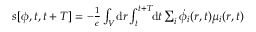
\begin{array} { r } { s [ { \phi } , t , t + T ] = - \frac { 1 } { \epsilon } \int _ { V } \! \mathrm { d } \boldsymbol { r } \int _ { t } ^ { t + T } \! \! \mathrm { d } t \sum _ { i } \dot { \phi } _ { i } ( \boldsymbol { r } , t ) \mu _ { i } ( \boldsymbol { r } , t ) \, } \end{array}